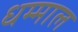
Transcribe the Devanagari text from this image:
धम्माल